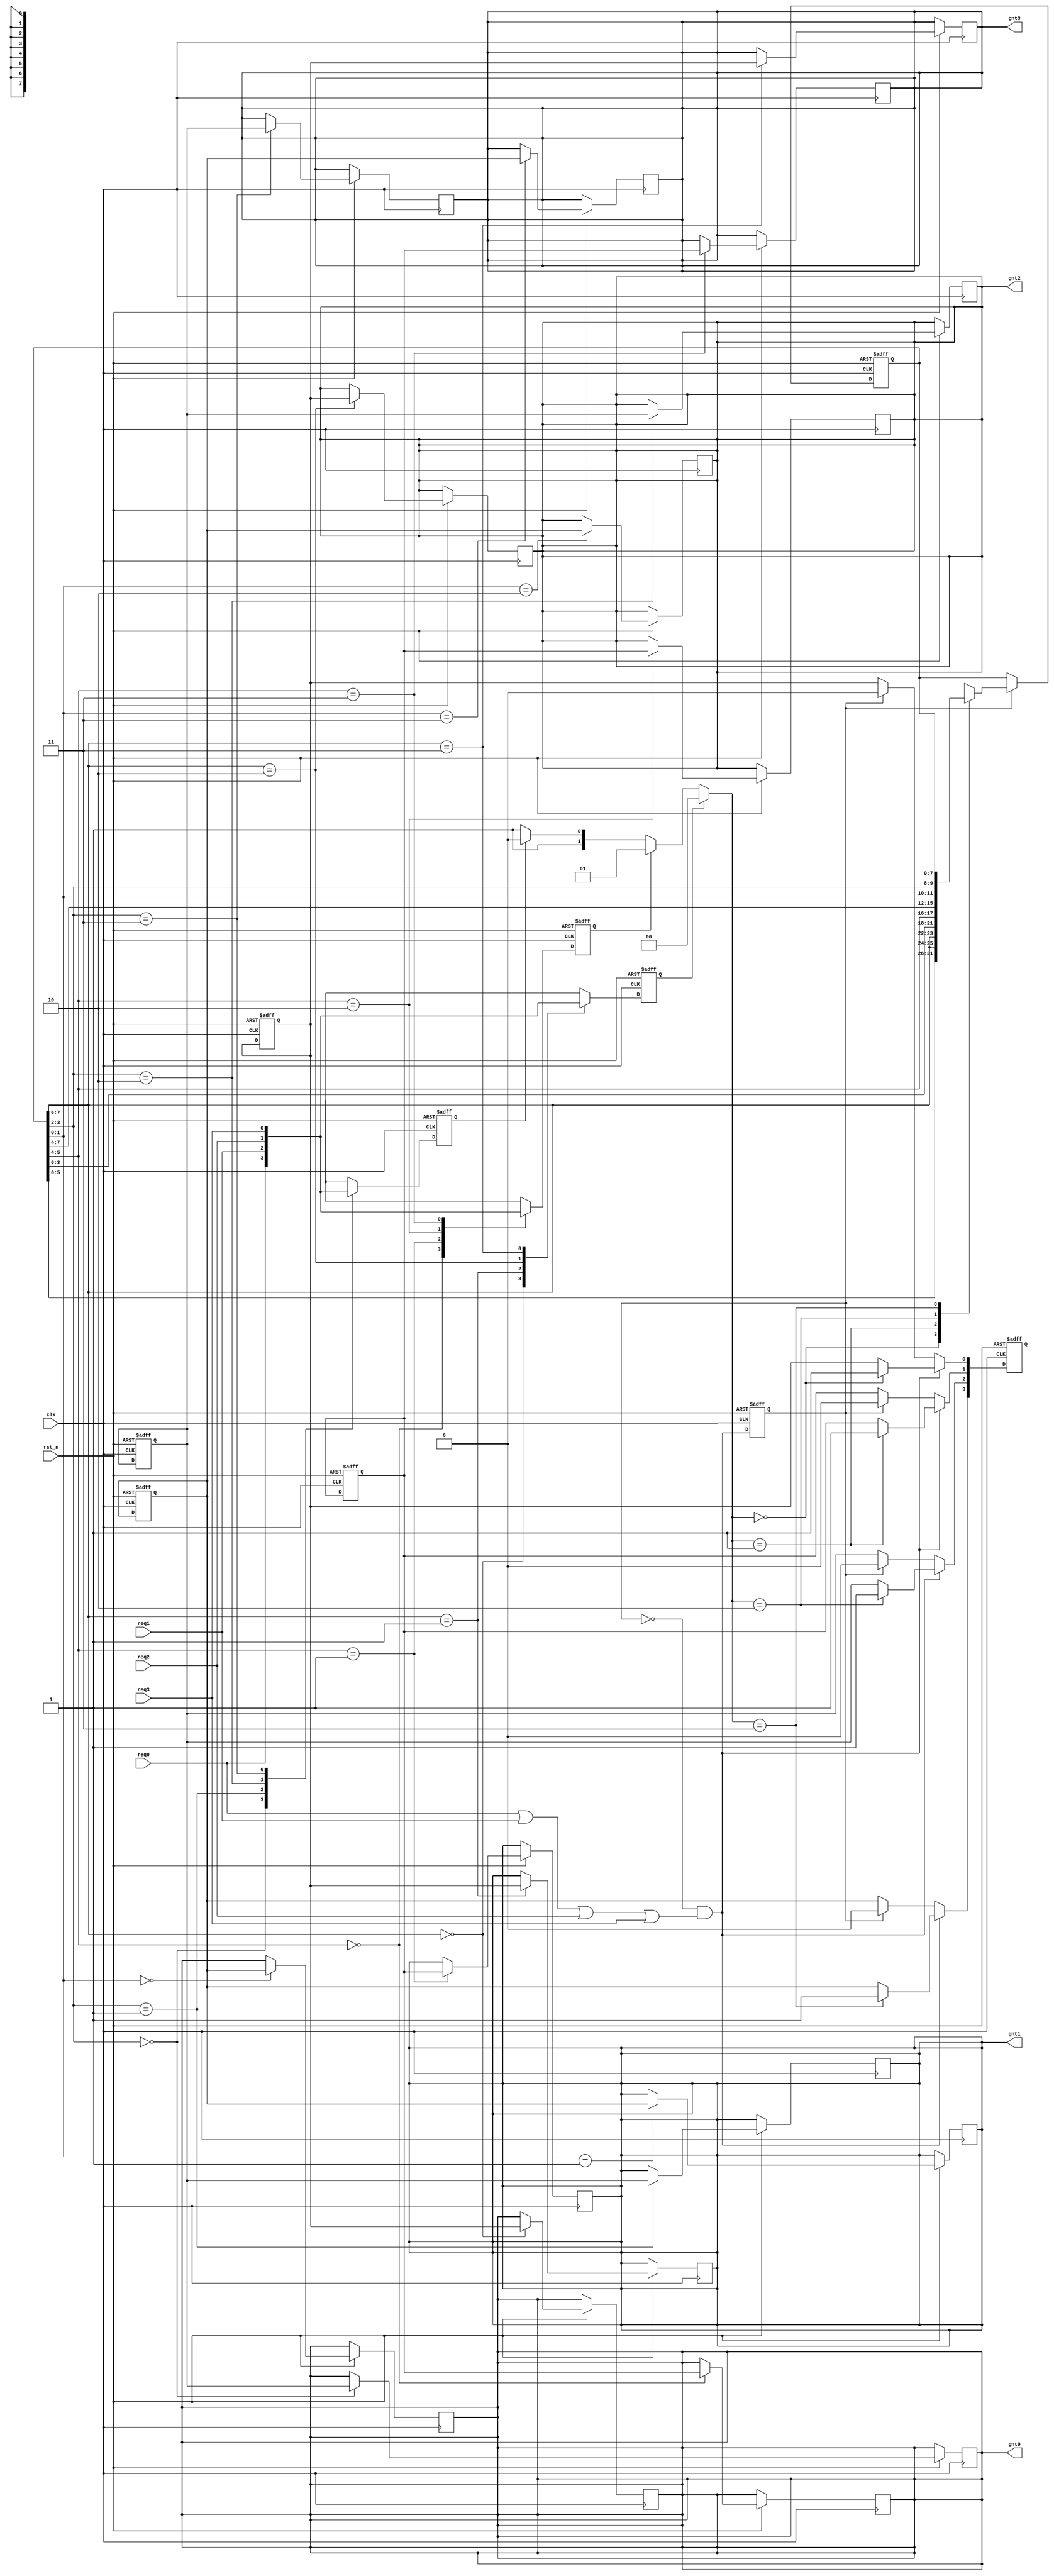
module strict_round_arbt(clk,rst_n,req0,req1,req2,req3,gnt0,gnt1,gnt2,gnt3);
input clk;
input rst_n;
input req0;
input req1;
input req2;
input req3;
output reg gnt0;//寄存器型输出；
output reg gnt1;
output reg gnt2;
output reg gnt3;

wire arbt_time;
reg arbt_time_d;
always @(posedge clk or negedge rst_n) begin
    if (!rst_n) begin
        arbt_time_d <= 1'b0;
    end
    else begin
        arbt_time_d <= arbt_time;
    end
end
assign arbt_time = (!arbt_time_d)&&(req0|req1|req2|req3);

reg [7:0] cur_pri;
reg [3:0] req_t;
generate
    genvar i;
    for(i=0;i<=3;i=i+1) begin : req2req_t
        always @(posedge clk or negedge rst_n) begin
            if (!rst_n) begin
                req_t[i] <= 1'b0;
            end
            else begin
                case(cur_pri[(7-2*i)-:2])
                    2'b00: req_t[i] <= req0;
                    2'b01: req_t[i] <= req1;
                    2'b10: req_t[i] <= req2;
                    2'b11: req_t[i] <= req3;
                endcase
            end
        end
    end
endgenerate

reg [1:0] gnt_id_w;
always @(*) begin
    if (req_t[0]) begin
        gnt_id_w = 2'b00;
    end
    else if (req_t[1]) begin
        gnt_id_w = 2'b01;
    end
    else if (req_t[2]) begin
        gnt_id_w = 2'b10;
    end
    else begin
        gnt_id_w = 2'b11;
    end
end

//反推cur_pri中第几位触发了；
always @(posedge clk or negedge rst_n) begin
    if (!rst_n) begin
        cur_pri <= 8'b00_01_10_11;
    end
    else if (arbt_time_d) begin
        case (gnt_id_w)
            2'b00: cur_pri[7:0] <= {cur_pri[5:0],cur_pri[7:6]};
            2'b01: cur_pri[7:0] <= {cur_pri[7:6],cur_pri[3:0],cur_pri[5:4]};
            2'b10: cur_pri[7:0] <= {cur_pri[7:4],cur_pri[1:0],cur_pri[3:2]};
            2'b11: cur_pri[7:0] <= {cur_pri[7:2],cur_pri[1:0]};
        endcase
    end
end

reg [3:0] gnt_t;
always @(posedge clk or negedge rst_n) begin
    if (!rst_n) begin
        gnt_t <= 4'b0;
    end
    else if (arbt_time) begin
        case (gnt_id_w)
            2'b00: gnt_t[0] <= 1'b1;
            2'b01: gnt_t[1] <= 1'b1;
            2'b10: gnt_t[2] <= 1'b1;
            2'b11: gnt_t[3] <= 1'b1;
        endcase
    end
    else if (arbt_time_d) begin
        gnt_t <= 4'b0;
    end
end

generate
    genvar i;
    for(i=0;i<=3;i=i+1) begin : gnt_t2gnt
        always @(posedge clk or negedge rst_n) begin
            if (!rst_n) begin
                gnt_t[i] <= 1'b0;
            end
            else begin
                case(cur_pri[(7-2*i)-:2])
                    2'b00: gnt0 <= gnt_t[i];
                    2'b01: gnt1 <= gnt_t[i];
                    2'b10: gnt2 <= gnt_t[i];
                    2'b11: gnt3 <= gnt_t[i];
                endcase
            end
        end
    end
endgenerate

endmodule